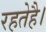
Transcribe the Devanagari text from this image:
रहतेहै।